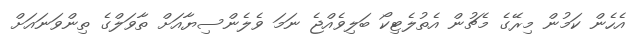
އެހެން ކަމުން މިރޭގެ މެޗުން އެތުލެޓިކޯ ބަލިވެއްޖެ ނަމަ ވެލެންސިޔާއަށް ތާވަލްގެ ތިންވަނައަށް